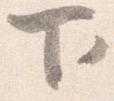
下